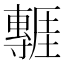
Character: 𭕃